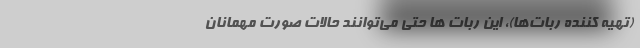
(تهیه کننده ربات‌ها)، این ربات ها حتی می‌توانند حالات صورت مهمانان